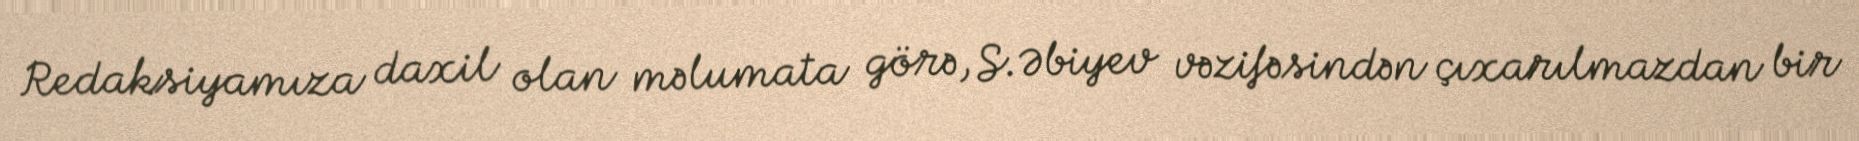
Redaksiyamıza daxil olan məlumata görə, S.Əbiyev vəzifəsindən çıxarılmazdan bir